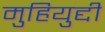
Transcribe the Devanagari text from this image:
मुहियुद्दी